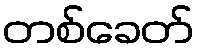
တစ်ခေတ်